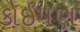
કૉઈપણ